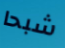
شبحا